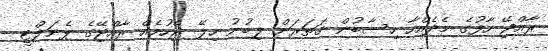
ރާއްޖޭ ހާފުގެ މެދެއްހާ ހިސާބުން ގަތަރަށް ލިބުނު ހިލޭ ޖެހުމެއް ރާއްޖޭގެ ޕެނަލްޓީ